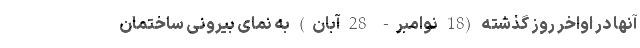
آنها در اواخر روز گذشته (18 نوامبر- 28 آبان) به نمای بیرونی ساختمان